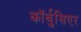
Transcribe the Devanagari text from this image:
कॉर्बुसिएर